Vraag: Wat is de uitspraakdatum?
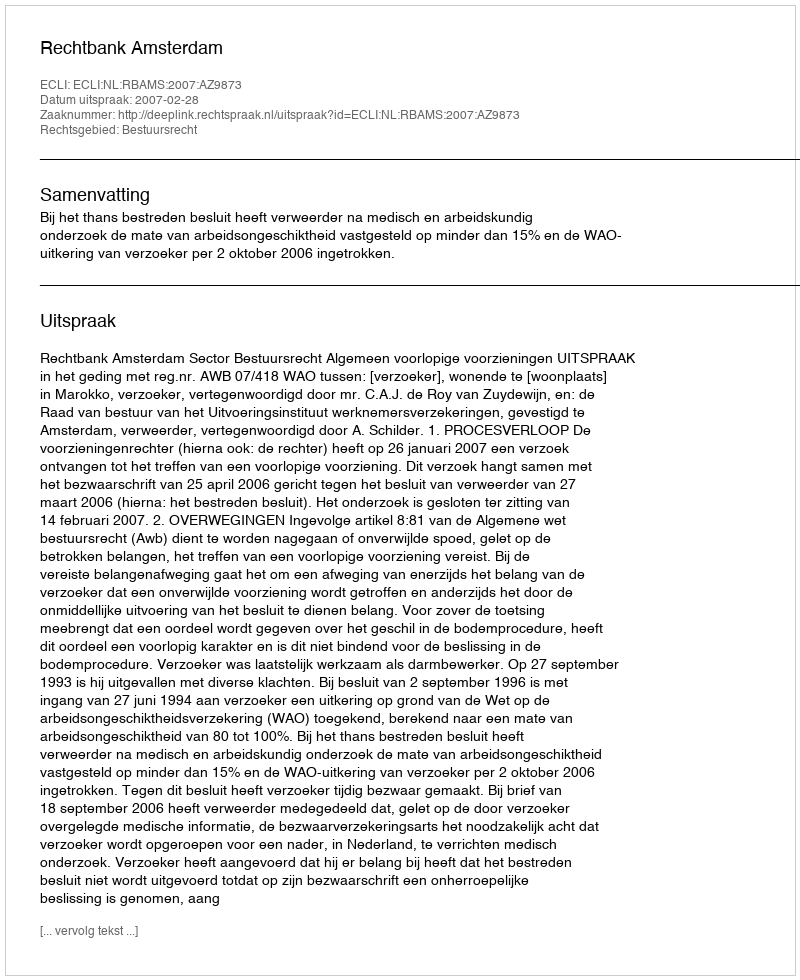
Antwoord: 2007-02-28